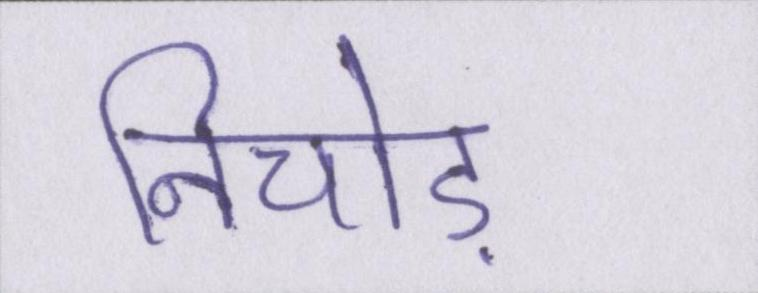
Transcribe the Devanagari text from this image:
निचोड़